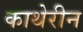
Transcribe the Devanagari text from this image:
काथेरीन